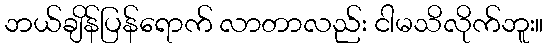
ဘယ်ချိန်ပြန်ရောက် လာတာလည်း ငါမသိလိုက်ဘူး။